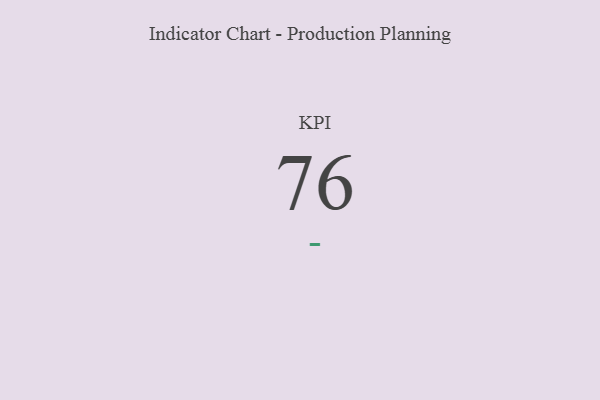
{"axis": {"x": "KPI", "y": "Value"}, "legend": [""], "data": [{"x": "KPI", "y": 76, "type": ""}]}